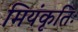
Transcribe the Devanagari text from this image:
मियंकृतिः